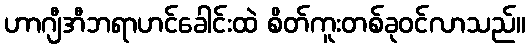
ဟာဂျီအီဘရာဟင်ခေါင်းထဲ စိတ်ကူးတစ်ခုဝင်လာသည်။